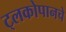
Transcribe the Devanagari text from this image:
ट्लकोपानचे